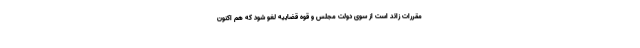
مقررات زائد است از سوی دولت مجلس و قوه قضاییه لغو شود که هم اکنون